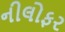
નીલોફર